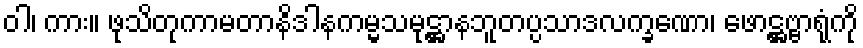
ဝါ၊ ကား။ ဖုသိတုကာမတာနိဒါနကမ္မသမုဋ္ဌာနဘူတပ္ပသာဒလက္ခဏော၊ ဖောဋ္ဌဗ္ဗာရုံကို